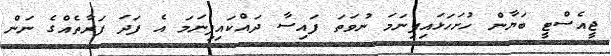
ޖީއެސްޓީ ބަޔާން ހުށަހަޅައިފިނަމަ ނުވަތަ ފައިސާ ދައްކައިފިނަމަ އެ ފަދަ ފަރާތެއްގެ ނަން